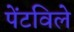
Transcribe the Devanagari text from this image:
पेंटविले